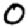
Digit: 0